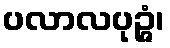
ပလာလပုဉ္ဇံ၊